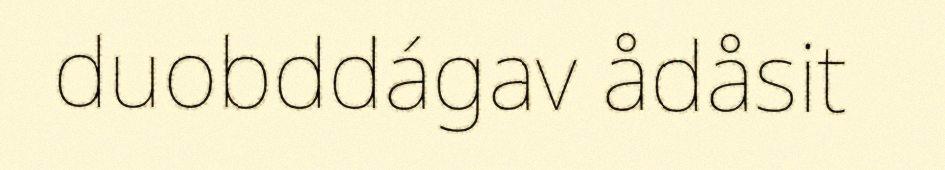
duobddágav ådåsit